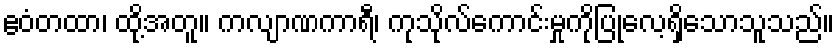
ဧဝံတထာ၊ ထို့အတူ။ ကလျာဏကာရီ၊ ကုသိုလ်ကောင်းမှုကိုပြုလေ့ရှိသောသူသည်။